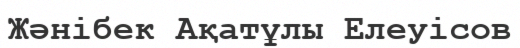
Жәнібек Ақатұлы Елеуісов